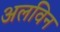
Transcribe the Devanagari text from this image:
अलविन